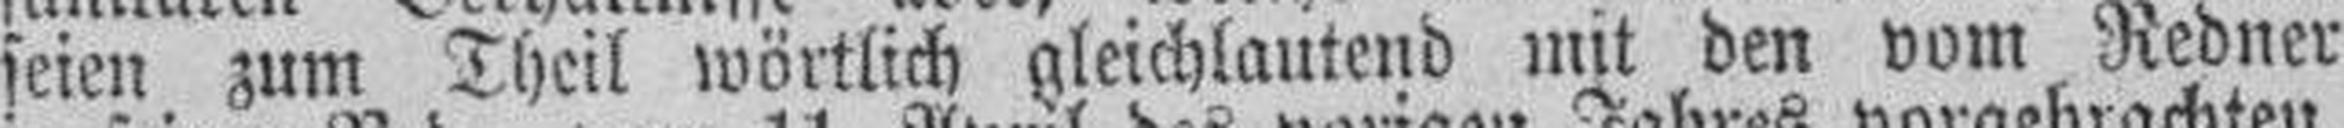
seien zum Theil wörtlich gleichlautend mit den vom Redner